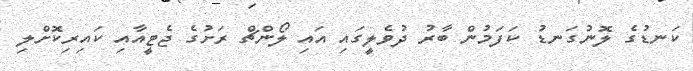
ކަނޑުގެ ލޮނުގަނޑު ކަފަމުން ބާރު ދުވެލީގައި އައި ލޯންޗް ރަށުގެ ޖެޓީއާއި ކައިރިކޮށްލި